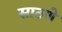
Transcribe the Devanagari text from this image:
साठणे